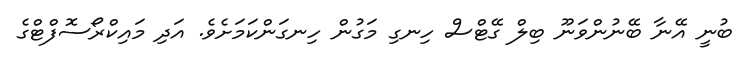
ބުނީ އޭނާ ބޭނުންވަނޫ ބިލް ގޭޓްސް ހިނގި މަގުން ހިނގަންކަމަށެވެ. އަދި މައިކްރޯސޮފްޓްގެ